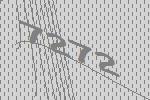
7272